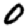
Digit: 0